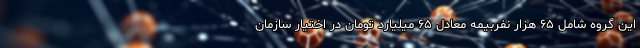
این گروه شامل ۶۵ هزار نفربیمه معادل ۶۵ میلیارد تومان در اختیار سازمان